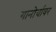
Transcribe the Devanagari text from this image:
गानोर्यावर